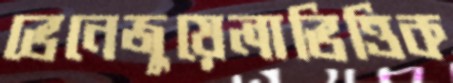
ভেনেজুয়েলাভিত্তিক